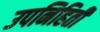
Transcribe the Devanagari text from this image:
उपनिहिती